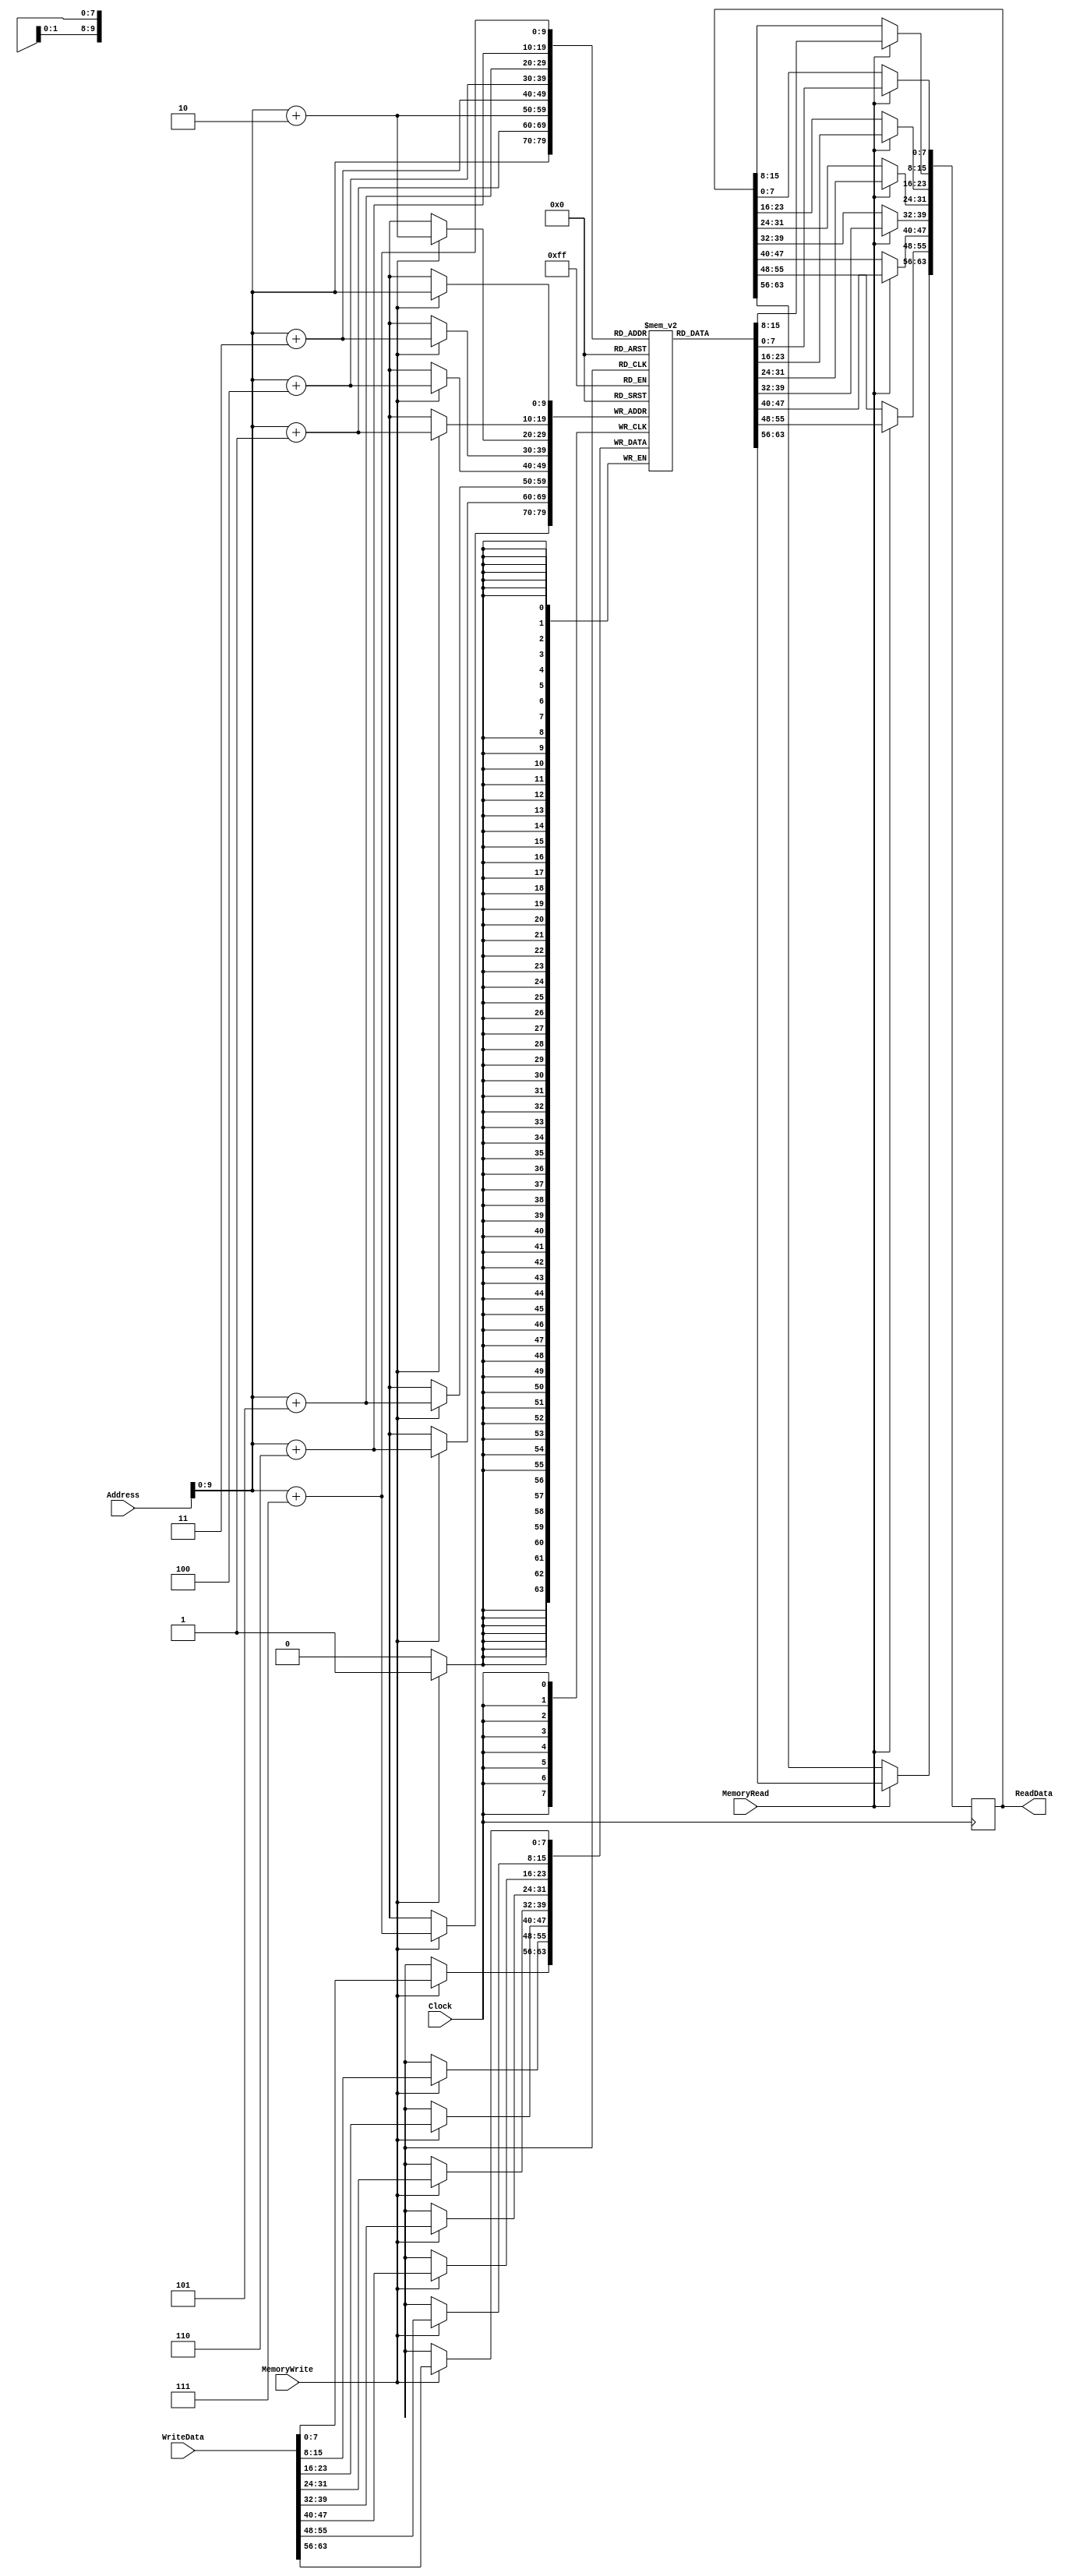
`timescale 1ns / 1ps

`define SIZE 1024

module DataMemory(ReadData , Address , WriteData , MemoryRead , MemoryWrite , Clock);
   input [63:0]      WriteData;
   input [63:0]      Address;
   input             Clock, MemoryRead, MemoryWrite;
   output reg [63:0] ReadData;

   reg [7:0] 	     memBank [`SIZE-1:0];


   // This task is used to write arbitrary data to the Data Memory by
   // the intialization block.
   task initset;
      input [63:0] addr;
      input [63:0] data;
      begin
	 memBank[addr] =  data[63:56] ; // Big-endian for the win...
	 memBank[addr+1] =  data[55:48];
	 memBank[addr+2] =  data[47:40];
	 memBank[addr+3] =  data[39:32];
	 memBank[addr+4] =  data[31:24];
	 memBank[addr+5] =  data[23:16];
	 memBank[addr+6] =  data[15:8];
	 memBank[addr+7] =  data[7:0];
      end
   endtask


   initial
     begin
        // preseting some data in the data memory used by test #1

        // Address 0x0 gets 0x1
        initset( 64'h0,  64'h1);  //Counter variable
        initset( 64'h8,  64'ha);  //Part of mask
        initset( 64'h10, 64'h5);  //Other part of mask
        initset( 64'h18, 64'h0ffbea7deadbeeff); //big constant
        initset( 64'h20, 64'h0); //clearing space

        // Add any data you need for your tests here.

     end

   // This always block reads the data memory and places a double word
   // on the ReadData bus.
   always @(posedge Clock)
     begin
        if(MemoryRead)
          begin
             ReadData[63:56] <=  memBank[Address];
             ReadData[55:48] <=  memBank[Address+1];
             ReadData[47:40] <=  memBank[Address+2];
             ReadData[39:32] <=  memBank[Address+3];
             ReadData[31:24] <=  memBank[Address+4];
             ReadData[23:16] <=  memBank[Address+5];
             ReadData[15:8] <=  memBank[Address+6];
             ReadData[7:0] <=  memBank[Address+7];
          end
     end

   // This always block takes data from the WriteData bus and writes
   // it into the DataMemory.
   always @(posedge Clock)
     begin
        if(MemoryWrite)
          begin
             memBank[Address] <= #3 WriteData[63:56] ;
             memBank[Address+1] <= #3 WriteData[55:48];
             memBank[Address+2] <= #3 WriteData[47:40];
             memBank[Address+3] <= #3 WriteData[39:32];
             memBank[Address+4] <= #3 WriteData[31:24];
             memBank[Address+5] <= #3 WriteData[23:16];
             memBank[Address+6] <= #3 WriteData[15:8];
             memBank[Address+7] <= #3 WriteData[7:0];
             // Could be useful for debugging:
             // $display("Writing Address:%h Data:%h",Address, WriteData);
          end
     end
endmodule